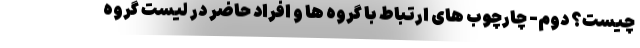
چیست؟ دوم- چارچوب های ارتباط با گروه ها و افراد حاضر در لیست گروه